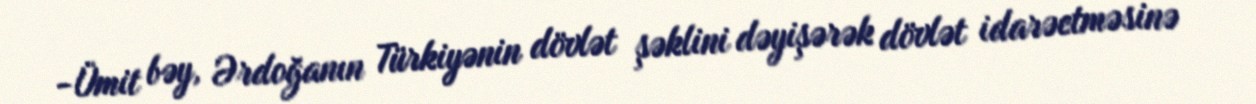
-Ümit bəy, Ərdoğanın Türkiyənin dövlət şəklini dəyişərək dövlət idarəetməsinə